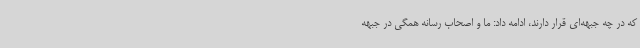
که در چه جبهه‌ای قرار دارند، ادامه داد: ما و اصحاب رسانه همگی در جبهه